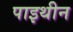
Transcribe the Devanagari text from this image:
पाइथीन